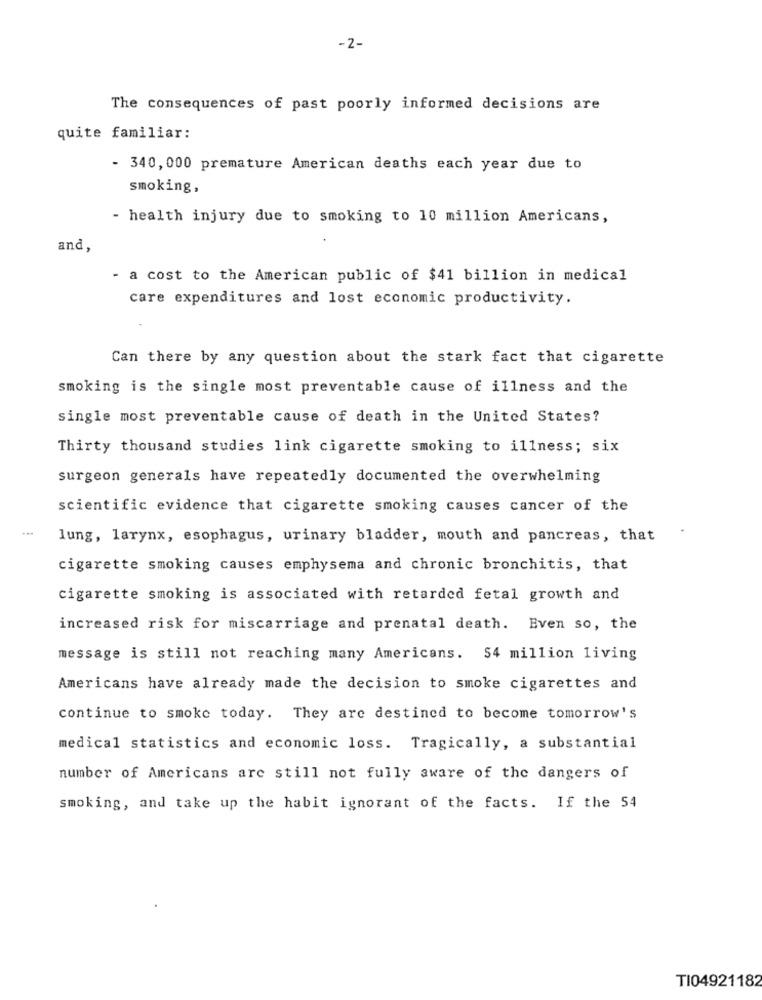
-2-
The consequences of past poorly informed decisions are
quite familiar:
- 340, 000 premature American deaths each year due to
smoking,
- health injury due to smoking to 10 million Americans,
and,
- a cost to the American public of $41 billion in medical
care expenditures and lost economic productivity.
Can there by any question about the stark fact that cigarette
smoking is the single most preventable cause of illness and the
single most preventable cause of death in the United States?
Thirty thousand studies link cigarette smoking to illness; six
surgeon generals have repeatedly documented the overwhelming
scientific evidence that cigarette smoking causes cancer of the
lung, larynx, esophagus, urinary bladder, mouth and pancreas, that
cigarette smoking causes emphysema and chronic bronchitis, that
cigarette smoking is associated with retarded fetal growth and
increased risk for miscarriage and prenatal death. Even so, the
message is still not reaching many Americans. 54 million living
Americans have already made the decision to smoke cigarettes and
continue to smoke today. They are destined to become tomorrow's
medical statistics and economic loss. Tragically, a substantial
number of Americans are still not fully aware of the dangers of
smoking, and take up the habit ignorant of the facts. If the 54
TI04921182